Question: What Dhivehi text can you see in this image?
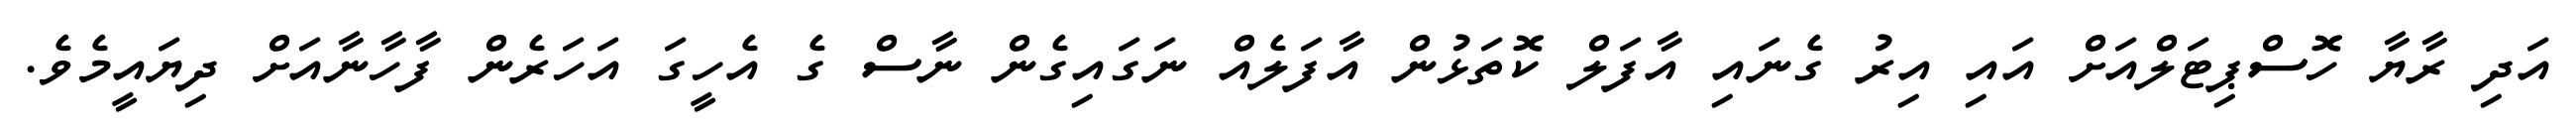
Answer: އަދި ރާޔާ ހޮސްޕިޓަލްއަށް އައި އިރު ގެނައި އާފަލް ކޮތަޅުން އާފަލެއް ނަގައިގެން ނާސް ގެ އެހީގަ އަހަރެން ފާހާނާއަށް ދިޔައީމެވެ.